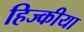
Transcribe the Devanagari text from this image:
हिज्कीया